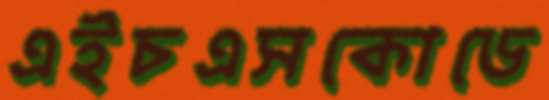
এইচএসকোডে